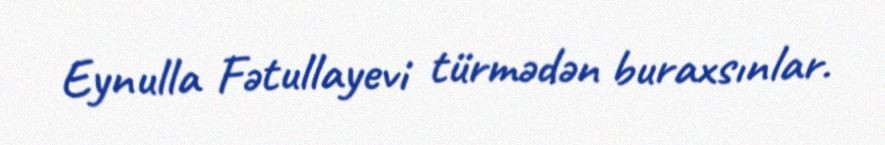
Eynulla Fətullayevi türmədən buraxsınlar.